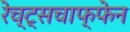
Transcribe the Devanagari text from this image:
रेच्ट्सचाफ्फेन